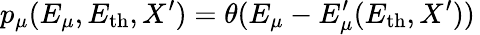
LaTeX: p_{\mu}(E_{\mu},E_{\mathrm{th}},X^{\prime})=\theta(E_{\mu}-E_{\mu}^{\prime}(E_{\mathrm{th}},X^{\prime}))\,